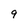
Character: 9